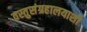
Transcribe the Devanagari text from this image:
वस्तुसंग्रहालयाशी